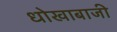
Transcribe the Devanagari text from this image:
धोखाबाजी